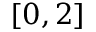
[ 0 , 2 ]